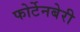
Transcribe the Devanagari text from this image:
फोर्टेनबेरी